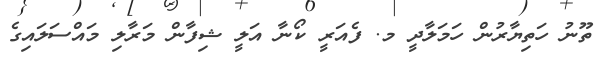
ތޫނު ހަތިޔާރުން ހަމަލާދީ މ. ފެއަރީ ކޯނާ އަލީ ޝިފާން މަރާލި މައްސަލައިގެ